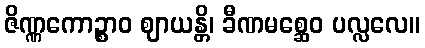
ဇိဏ္ဏကောဉ္စာဝ ဈာယန္တိ၊ ခီဏမစ္ဆေဝ ပလ္လလေ။